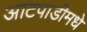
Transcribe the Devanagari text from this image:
आटपाडीमधे